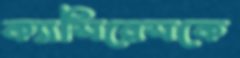
ক্যাসিরেসকে